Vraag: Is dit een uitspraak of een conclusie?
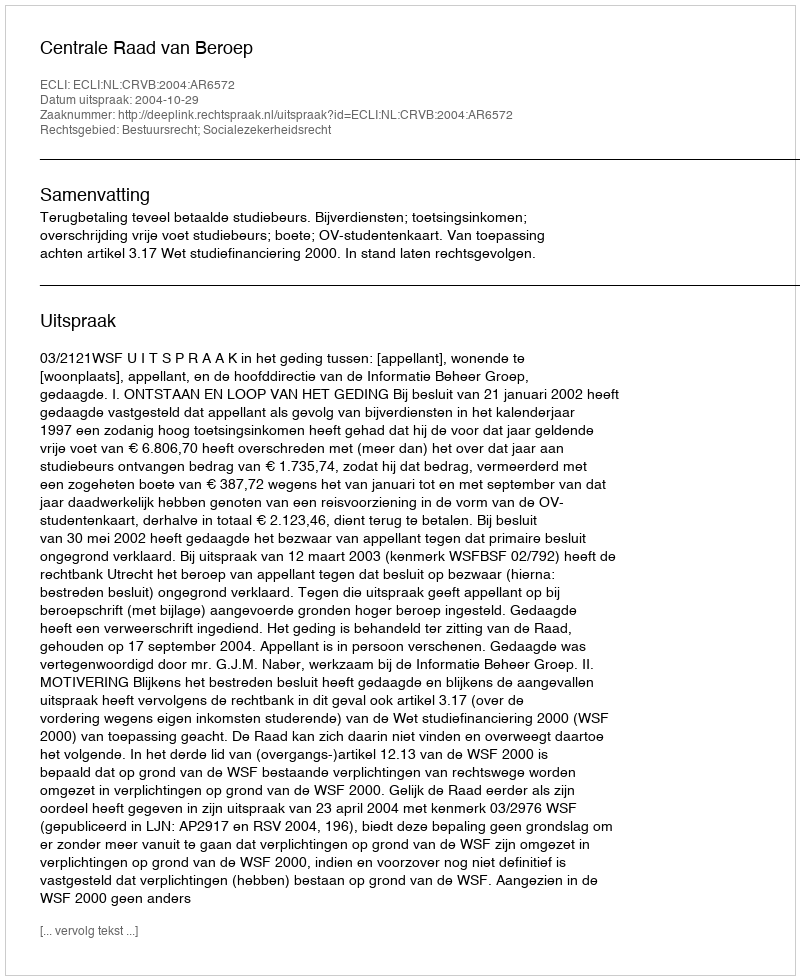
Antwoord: Uitspraak